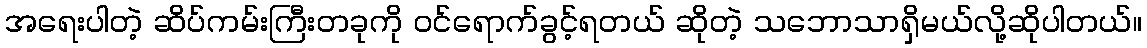
အရေးပါတဲ့ ဆိပ်ကမ်းကြီးတခုကို ဝင်ရောက်ခွင့်ရတယ် ဆိုတဲ့ သဘောသာရှိမယ်လို့ဆိုပါတယ်။